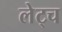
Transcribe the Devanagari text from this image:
लेट्च